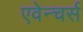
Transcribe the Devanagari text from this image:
एवेन्चर्स